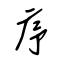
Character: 序